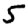
Digit: 5